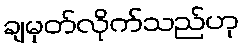
ချမှတ်လိုက်သည်ဟု